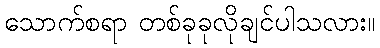
သောက်စရာ တစ်ခုခုလိုချင်ပါသလား။